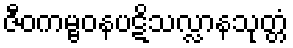
ဇီဝကမ္ဗဝနပဋိသလ္လာနသုတ္တံ